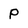
Character: p